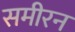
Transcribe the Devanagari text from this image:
समीरन